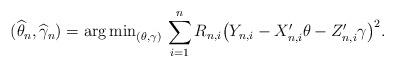
LaTeX: \begin{align*}(\widehat\theta_n,\widehat\gamma_n)= {\arg\min}_{(\theta,\gamma)}\,\sum_{i=1}^n R_{n,i}\big(Y_{n,i}-X_{n,i}^{\prime }\theta-Z_{n,i}^{\prime}\gamma\big)^2.\end{align*}